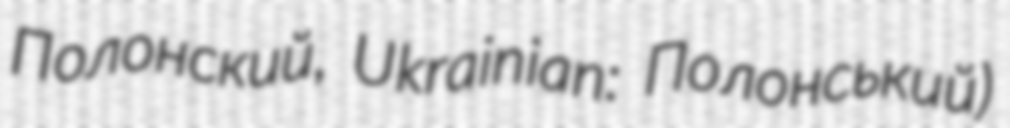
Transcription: Полонский, Ukrainian: Полонський)